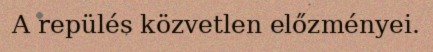
A repülés közvetlen előzményei.